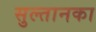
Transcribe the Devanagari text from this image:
सुल्तानका